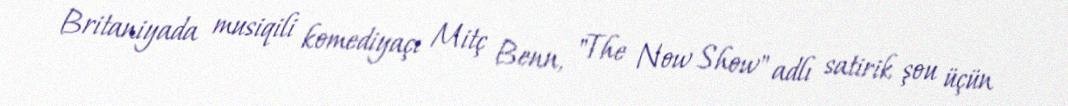
Britaniyada musiqili komediyaçı Mitç Benn, "The Now Show" adlı satirik şou üçün